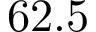
6 2 . 5